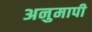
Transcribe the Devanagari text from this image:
अनुमापी